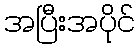
အပြီးအပိုင်